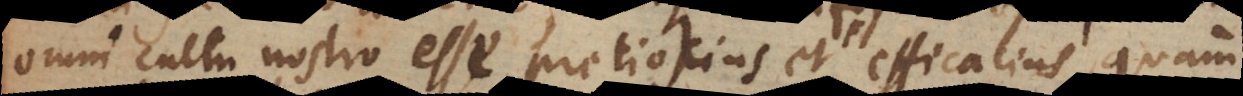
cultu nostro esse pretiosius et efficacius, quam